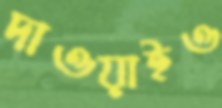
দাওয়াইও